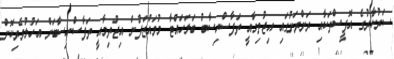
ސަރުކާރުގެ އޮފީސްތަކާއި ރަށްރަށުގައި އިޖުތިމާއީ ތަފާސްހިސާބު ބަލަހައްޓާ މުވައްޒަފުން އިޖުތިމާއީ ތަފާސްހިސާބަށް އަހުލުވެރިކޮށް